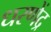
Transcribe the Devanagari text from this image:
धरणेंद्र